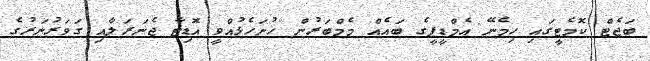
ބަޖެޓް ކޮމެޓީގައި ހިމެނޭ އެމްޑީޕީގެ ބައެއް މެމްބަރުން ހުށަހެޅުއްވީ އޮޑިޓާ ޖެނަރަލާއި ގަވަރުނަރުގެ